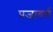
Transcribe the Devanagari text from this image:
प्रजावर्ग